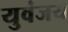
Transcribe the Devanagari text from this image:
युवंजय